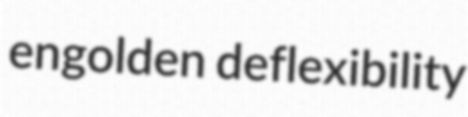
engolden deflexibility